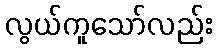
လွယ်ကူသော်လည်း